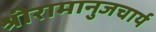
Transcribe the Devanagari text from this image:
श्रीरामानुजचार्य